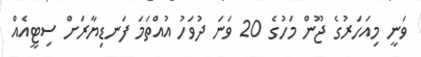
ވަނީ މިއަހަރުގެ ޖޫން މަހުގެ 20 ވަނަ ދުވަހު އުއްތަމަ ފަނޑިޔާރަށް ސިޓީއެއް